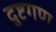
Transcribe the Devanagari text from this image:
दुष्टगण